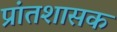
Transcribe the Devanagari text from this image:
प्रांतशासक